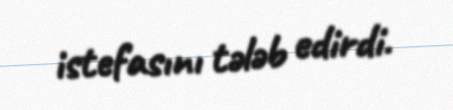
istefasını tələb edirdi.